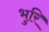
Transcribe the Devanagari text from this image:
भुरि